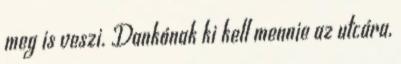
meg is veszi. Dankónak ki kell mennie az utcára,